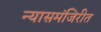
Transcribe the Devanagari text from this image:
न्यासमंजिरीत